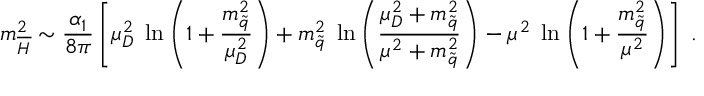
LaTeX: m _ { \overline { { { H } } } } ^ { 2 } \sim \frac { \alpha _ { 1 } } { 8 \pi } \left[ \mu _ { D } ^ { 2 } \; \ln \left( 1 + \frac { m _ { \tilde { q } } ^ { 2 } } { \mu _ { D } ^ { 2 } } \right) + m _ { \tilde { q } } ^ { 2 } \; \ln \left( \frac { \mu _ { D } ^ { 2 } + m _ { \tilde { q } } ^ { 2 } } { \mu ^ { 2 } + m _ { \tilde { q } } ^ { 2 } } \right) - \mu ^ { 2 } \; \ln \left( 1 + \frac { m _ { \tilde { q } } ^ { 2 } } { \mu ^ { 2 } } \right) \right] \; .